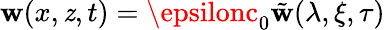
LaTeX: \mathbf{w}(x,\mathit{z},t)=\epsilonc_{0}\tilde{{\mathbf{w}}}(\lambda,\xi,\tau)